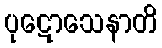
ပုဋောသေနာတိ